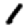
Digit: 1